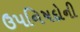
ઉપનિષદોની